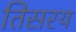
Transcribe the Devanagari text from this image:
तिसरय